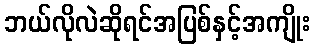
ဘယ်လိုလဲဆိုရင်အပြစ်နှင့်အကျိုး